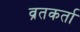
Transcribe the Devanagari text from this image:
व्रतकर्ता